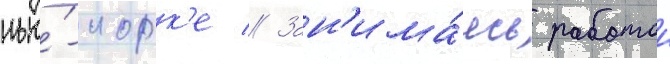
нью́-иорк'е // Зан'има́ясь работои